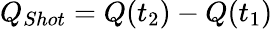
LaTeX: Q_{Shot}=Q(t_{2})-Q(t_{1})